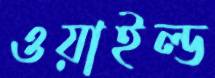
ওয়াইল্ড